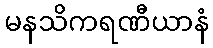
မနသိကရဏီယာနံ